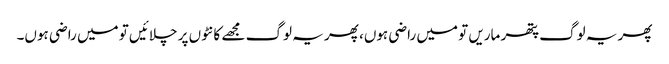
پھر یہ لوگ پتھر ماریں تو میں راضی ہوں، پھر یہ لوگ مجھے کانٹوں پر چلائیں تو میں راضی ہوں۔